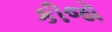
કીજો